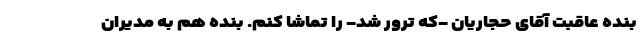
بنده عاقبت آقای حجاریان -که ترور شد- را تماشا کنم. بنده هم به مدیران